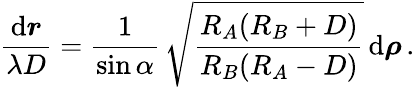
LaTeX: {\frac{\mathrm{d}\boldsymbol r}{\lambda D}}={\frac{1}{\sin\alpha}}\, \sqrt{\frac{R_{A}(R_{B}+D)}{R_{B}(R_{A}-D)}}\, \mathrm{d}\boldsymbol\rho\, .